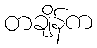
တချိန်က